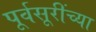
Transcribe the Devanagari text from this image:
पूर्वसूरींच्या